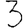
Digit: 3